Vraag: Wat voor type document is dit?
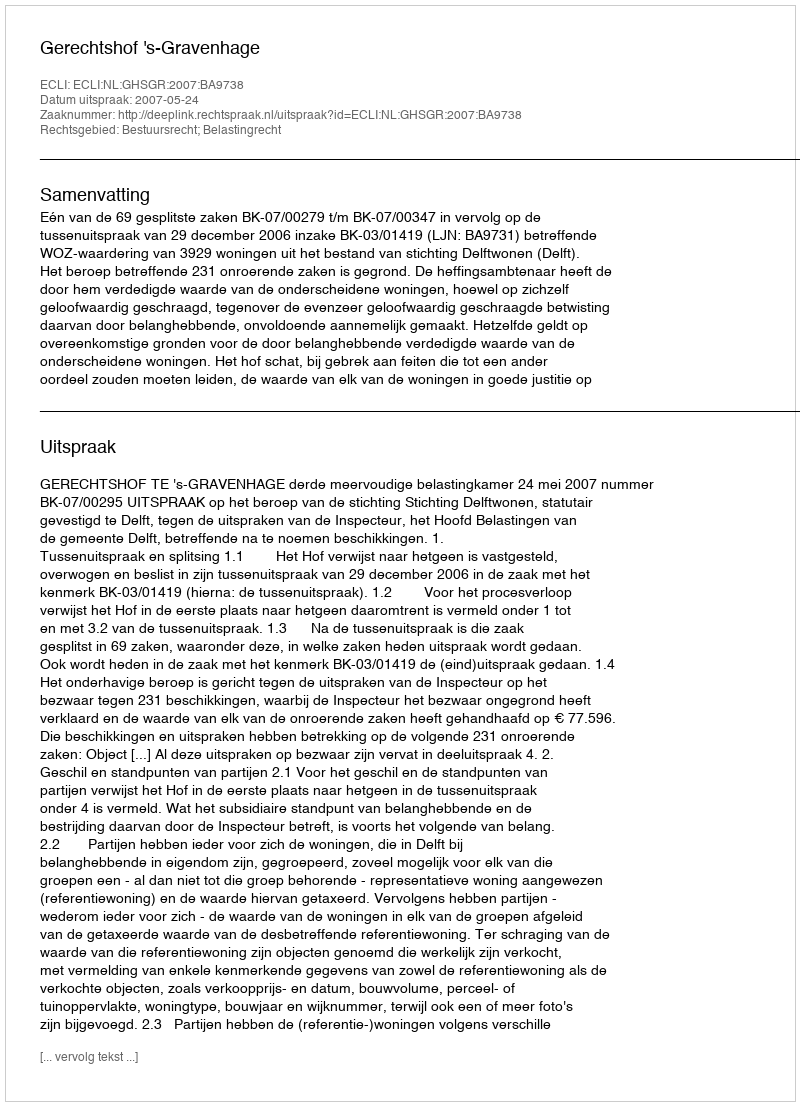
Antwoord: Uitspraak